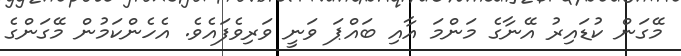
މޭގަން ކުޑައިރު އޭނާގެ މަންމަ އާއި ބައްޕަ ވަނީ ވަރިވެފައެވެ. އެހެންކަމުން މޭގަންގެ